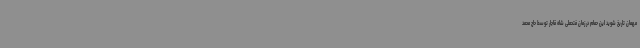
مهمان تاریخ شوید این حمام در زمان فتحعلی شاه قاجار توسط حاج محمد